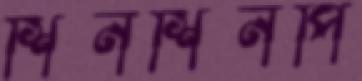
শিনশিনপি